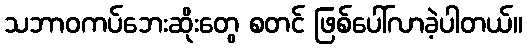
သဘာဝကပ်ဘေးဆိုးတွေ စတင် ဖြစ်ပေါ်လာခဲ့ပါတယ်။